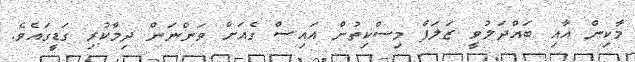
މާކިން އާއި ބައްދަލުވީ ޒަލަފް މިސްކިތުން އައިސް ގެއަށް ވަންނަން ދިމާކުރި ގަޑީގައެވެ.